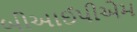
બીઆઈપીએમ